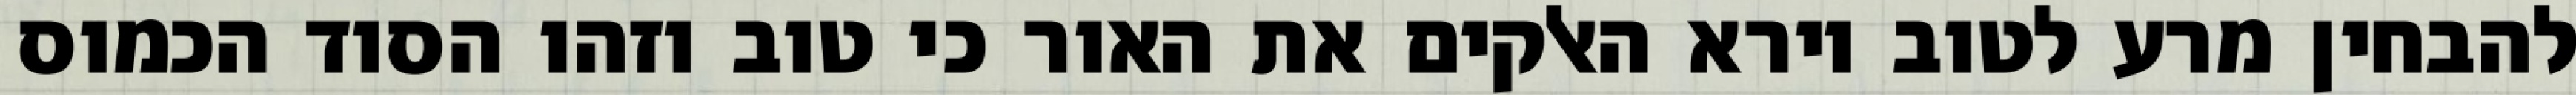
להבחין מרע לטוב וירא האלקים את האור כי טוב וזהו הסוד הכמוס